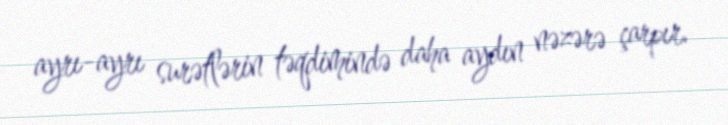
ayrı-ayrı surətlərin təqdimində daha aydın nəzərə çarpır.